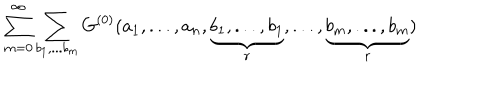
LaTeX: \sum _ { m = 0 } ^ { \infty } \sum _ { b _ { 1 } , . . . b _ { m } } { G } ^ { ( 0 ) } ( a _ { 1 } , . . . , a _ { n } , \underbrace { b _ { 1 } , . . . , b _ { 1 } } _ { r } , . . . , \underbrace { b _ { m } , . . . , b _ { m } } _ { r } )